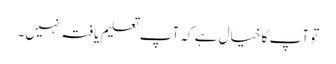
تو آپ کا خیال ہے کہ آپ تعلیم یافتہ نہیں۔